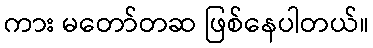
ကား မတော်တဆ ဖြစ်နေပါတယ်။